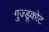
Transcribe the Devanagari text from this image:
गुज्डूकोट